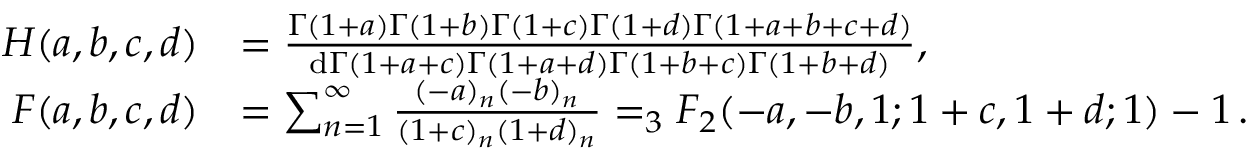
\begin{array} { r l } { H ( a , b , c , d ) } & { = \frac { \Gamma ( 1 + a ) \Gamma ( 1 + b ) \Gamma ( 1 + c ) \Gamma ( 1 + d ) \Gamma ( 1 + a + b + c + d ) } { \mathrm { d } \Gamma ( 1 + a + c ) \Gamma ( 1 + a + d ) \Gamma ( 1 + b + c ) \Gamma ( 1 + b + d ) } , } \\ { F ( a , b , c , d ) } & { = \sum _ { n = 1 } ^ { \infty } \frac { ( - a ) _ { n } ( - b ) _ { n } } { ( 1 + c ) _ { n } ( 1 + d ) _ { n } } = _ { 3 } F _ { 2 } ( - a , - b , 1 ; 1 + c , 1 + d ; 1 ) - 1 \, . } \end{array}